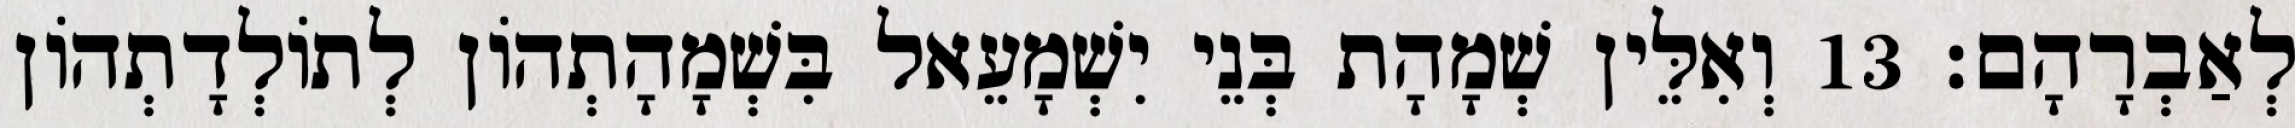
לְאַבְרָהָם׃ 13 וְאִלֵּין שְׁמָהָת בְּנֵי יִשְׁמָעֵאל בִּשְׁמָהָתְהוֹן לְתוֹלְדָתְהוֹן